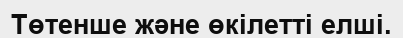
Төтенше және өкілетті елші.